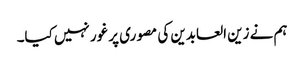
ہم نے زین العابدین کی مصوری پر غور نہیں کیا۔